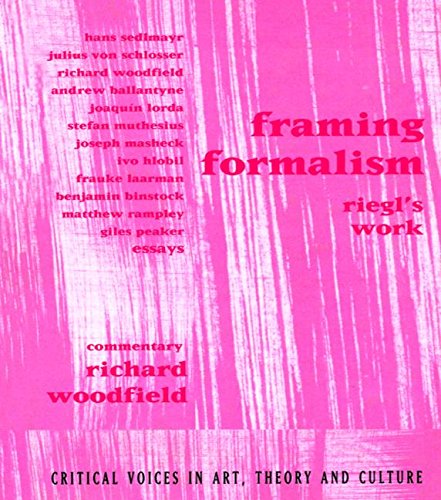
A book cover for Framing Formalism: Riegl's Work (Critical Voices in Art, Theory and Culture); Richard Woodfield; Crafts, Hobbies & Home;